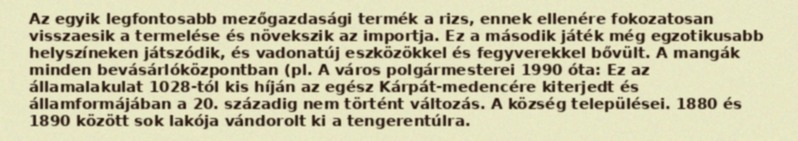
Az egyik legfontosabb mezőgazdasági termék a rizs, ennek ellenére fokozatosan visszaesik a termelése és növekszik az importja. Ez a második játék még egzotikusabb helyszíneken játszódik, és vadonatúj eszközökkel és fegyverekkel bővült. A mangák minden bevásárlóközpontban (pl. A város polgármesterei 1990 óta: Ez az államalakulat 1028-tól kis híján az egész Kárpát-medencére kiterjedt és államformájában a 20. századig nem történt változás. A község települései. 1880 és 1890 között sok lakója vándorolt ki a tengerentúlra.